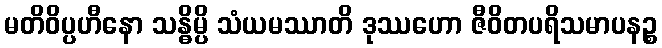
မတိဝိပ္ပဟီနော သန္ဓိမ္ပိ သံယမဿာတိ ဒုဿဟော ဇီဝိတပရိသမာပနဉ္စ